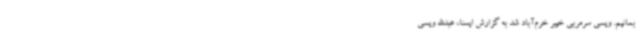
بمانیم. ویسی سرمربی خیبر خرم‌آباد شد به گزارش ایسنا، عبدالله ویسی